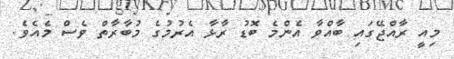
މިއީ ރާއްޖޭގައި ބާއްވާ އެންމެ ބޮޑު ރާޅާ އެރުމުގެ މުބާރާތް ވެސް މެއެވެ.